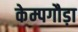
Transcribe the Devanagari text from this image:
केम्पगौड़ा